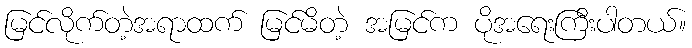
မြင်လိုက်တဲ့အရာထက် မြင်မိတဲ့ အမြင်က ပိုအရေးကြီးပါတယ်။